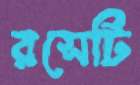
রসেটি